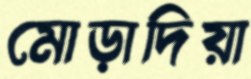
মোড়াদিয়া